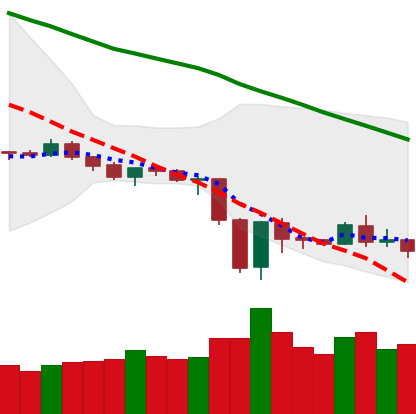
Ticker: ETH-USD
Chart end date: 2019-12-25
Forward return: 4.886%
Label: up_3_5